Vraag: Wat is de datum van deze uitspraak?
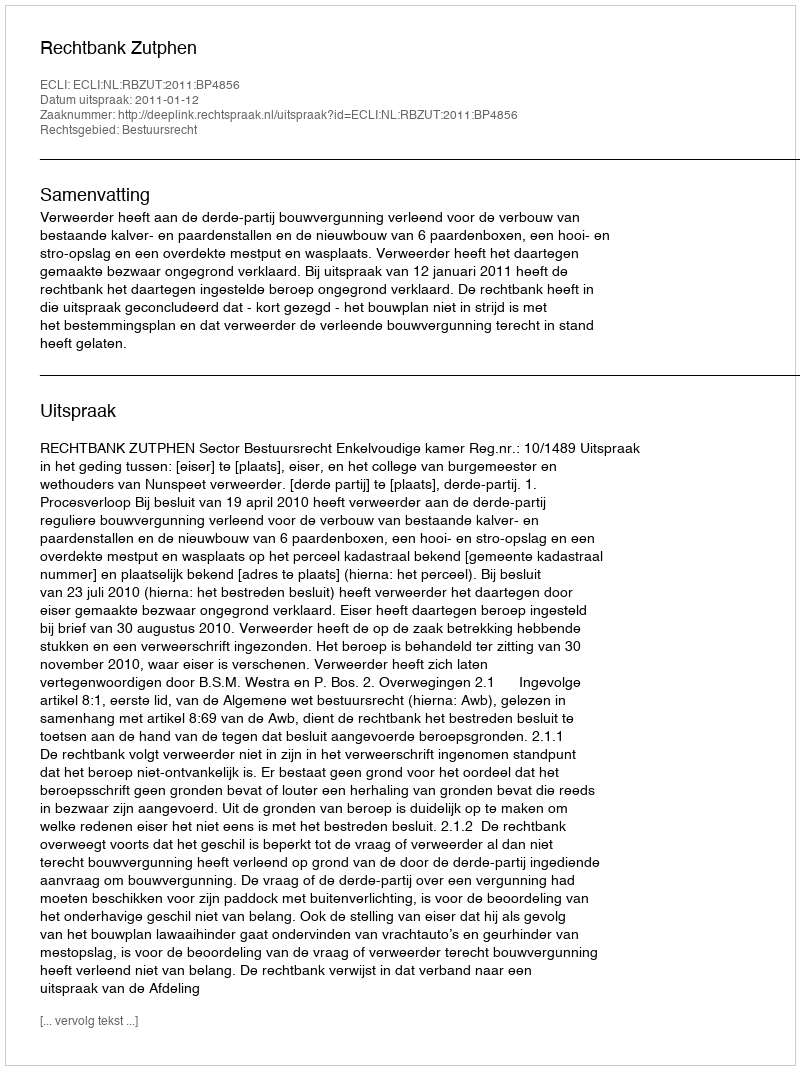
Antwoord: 2011-01-12